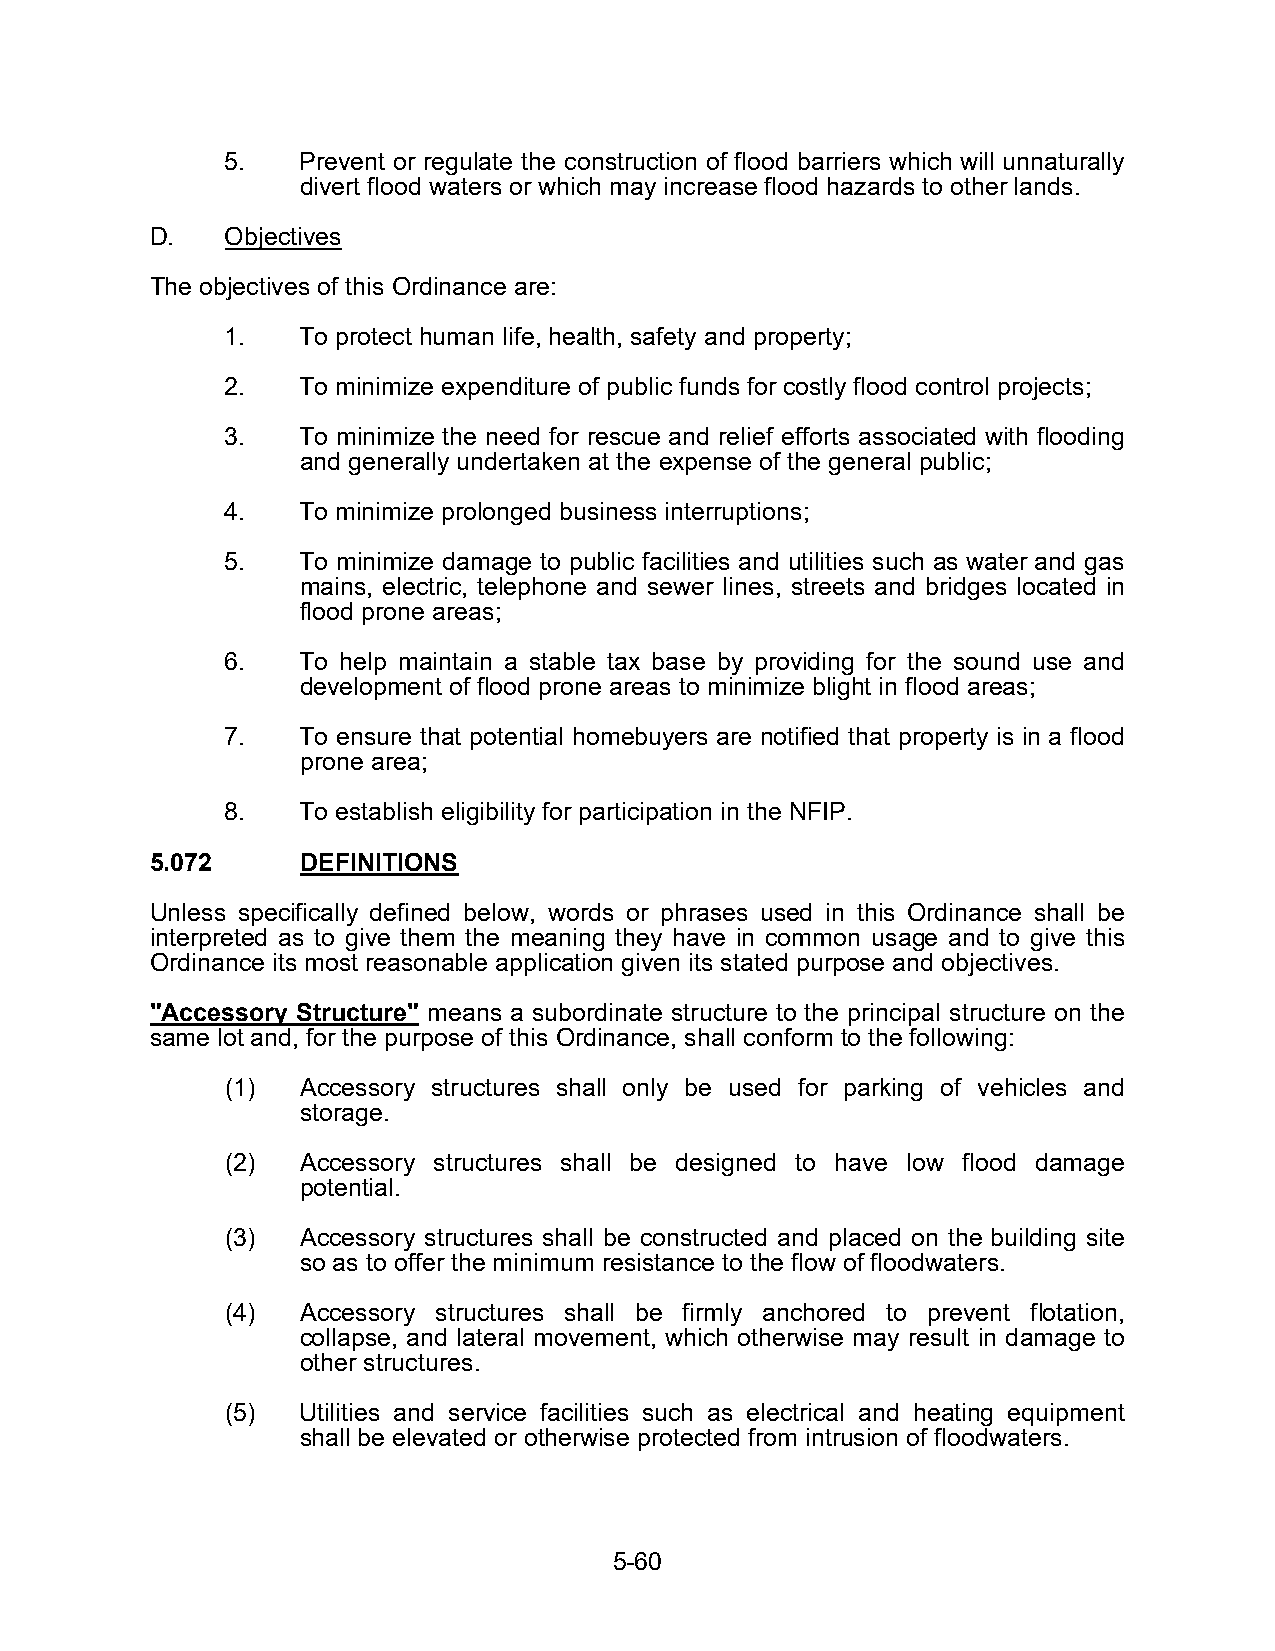
5.   Prevent or regulate the construction of flood barriers which will unnaturally
 divert flood waters or which may increase flood hazards to other lands.
 D.   Objectives
 The objectives of this Ordinance are:
 1.   To protect human life, health, safety and property;
 2.   To minimize expenditure of public funds for costly flood control projects;
 3.   To minimize the need for rescue and relief efforts associated with flooding
 and generally undertaken at the expense of the general public;
 4.   To minimize prolonged business interruptions;
 5.   To minimize damage to public facilities and utilities such as water and gas
 mains, electric, telephone and sewer lines, streets and bridges located in
 flood prone areas;
 6.   To help maintain a stable tax base by providing for the sound use and
 development of flood prone areas to minimize blight in flood areas;
 7.   To ensure that potential homebuyers are notified that property is in a flood
 prone area;
 8.   To establish eligibility for participation in the NFIP.
 5.072     DEFINITIONS
 Unless specifically defined below, words or phrases used in this Ordinance shall be
 interpreted as to give them the meaning they have in common usage and to give this
 Ordinance its most reasonable application given its stated purpose and objectives.
 "Accessory Structure" means a subordinate structure to the principal structure on the
 same lot and, for the purpose of this Ordinance, shall conform to the following:
 (1)  Accessory structures shall only be used for parking of vehicles and
 storage.
 (2)  Accessory structures shall be designed to have low flood damage
 potential.
 (3)  Accessory structures shall be constructed and placed on the building site
 so as to offer the minimum resistance to the flow of floodwaters.
 (4)  Accessory structures shall be firmly anchored to prevent flotation,
 collapse, and lateral movement, which otherwise may result in damage to
 other structures.
 (5)  Utilities and service facilities such as electrical and heating equipment
 shall be elevated or otherwise protected from intrusion of floodwaters.
 5-60